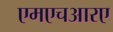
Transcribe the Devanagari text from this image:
एमएचआरए